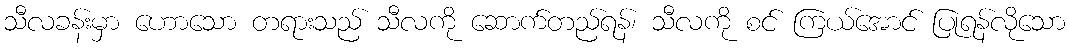
သီလခန်းမှာ ဟောသော တရားသည် သီလကို ဆောက်တည်ရန်၊ သီလကို စင် ကြယ်အောင် ပြုရန်လိုသော